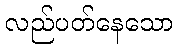
လည်ပတ်နေသော